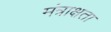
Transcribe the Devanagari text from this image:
मंत्राक्षता